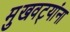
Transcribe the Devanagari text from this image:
मुखवट्यांना